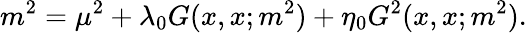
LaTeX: m^{2}=\mu^{2}+\lambda_{0}G(x,x;m^{2})+\eta_{0}G^{2}(x,x;m^{2}).